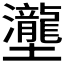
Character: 𡔆